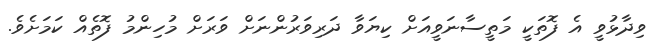
ވިދާޅުވީ އެ ފޮތަކީ މަތީސާނަވީއަށް ކިޔަވާ ދަރިވަރުންނަށް ވަރަށް މުހިންމު ފޮތެއް ކަމަށެވެ.